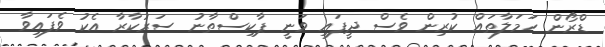
ޑްރޯން ހަމަލާތައް ކުރިން ވެސް ދީފައި ވަނީ ޕާކިސްތާނު ސަރުކާރާ އެކު ވެފައިވާ